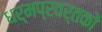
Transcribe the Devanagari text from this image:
धर्मप्रवर्तकों